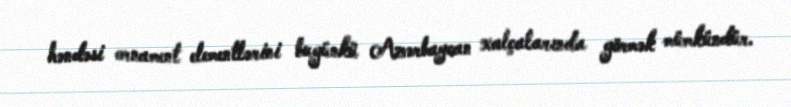
həndəsi ornament elementlərini bugünkü Azərbaycan xalçalarında görmək mümkündür.